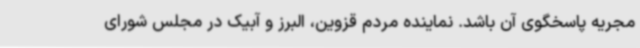
مجریه پاسخگوی آن باشد. نماینده مردم قزوین، البرز و آبیک در مجلس شورای